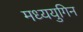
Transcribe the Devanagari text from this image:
मध्ययुगिन